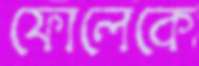
ফোলেকে